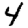
Digit: 4